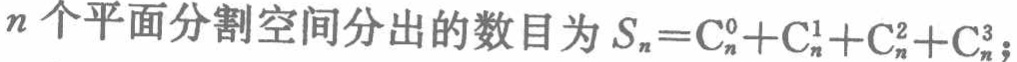
\(n\)个平面分割空间分出的数目为\(S_{n}=\mathrm{C}_{n}^{0}+\mathrm{C}_{n}^{1}+\mathrm{C}_{n}^{2}+\mathrm{C}_{n}^{3}\)；